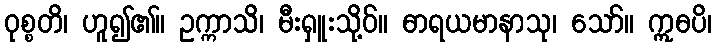
ဝုစ္စတိ၊ ဟူ၍၏။ ဥက္ကာသိ၊ မီးရှူးသို့ဝ်။ ဓာရယမာနာသု၊ သော်။ ဣဓပိ၊